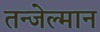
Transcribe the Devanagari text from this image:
तन्जेल्मान